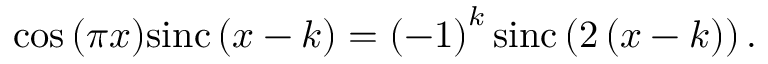
\cos { \left( \pi x \right) } \mathrm { s i n c } \left( x - k \right) = \left( - 1 \right) ^ { k } \mathrm { s i n c } \left( 2 \left( x - k \right) \right) .